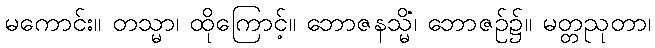
မကောင်း။ တသ္မာ၊ ထိုကြောင့်။ ဘောဇနသ္မိံ၊ ဘောဇဉ်၌။ မတ္တညုတာ၊